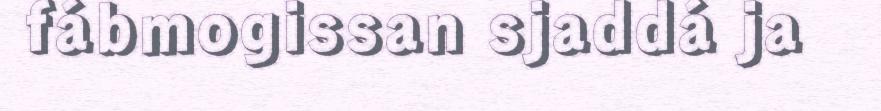
fábmogissan sjaddá ja